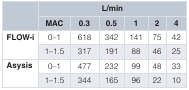
| <ROWSPAN=2>  | <COLSPAN=6> L/min |
 | MAC | 0.3 | 0.5 | 1 | 2 | 4 |
 | --- | --- | --- | --- | --- | --- | --- |
 | <ROWSPAN=2> FLOW-i | 0–1 | 618 | 342 | 141 | 75 | 42 |
 | 1–1.5 | 317 | 191 | 88 | 46 | 25 |
 | <ROWSPAN=2> Asysis | 0–1 | 477 | 232 | 99 | 48 | 33 |
 | 1–1.5 | 344 | 165 | 96 | 22 | 10 |